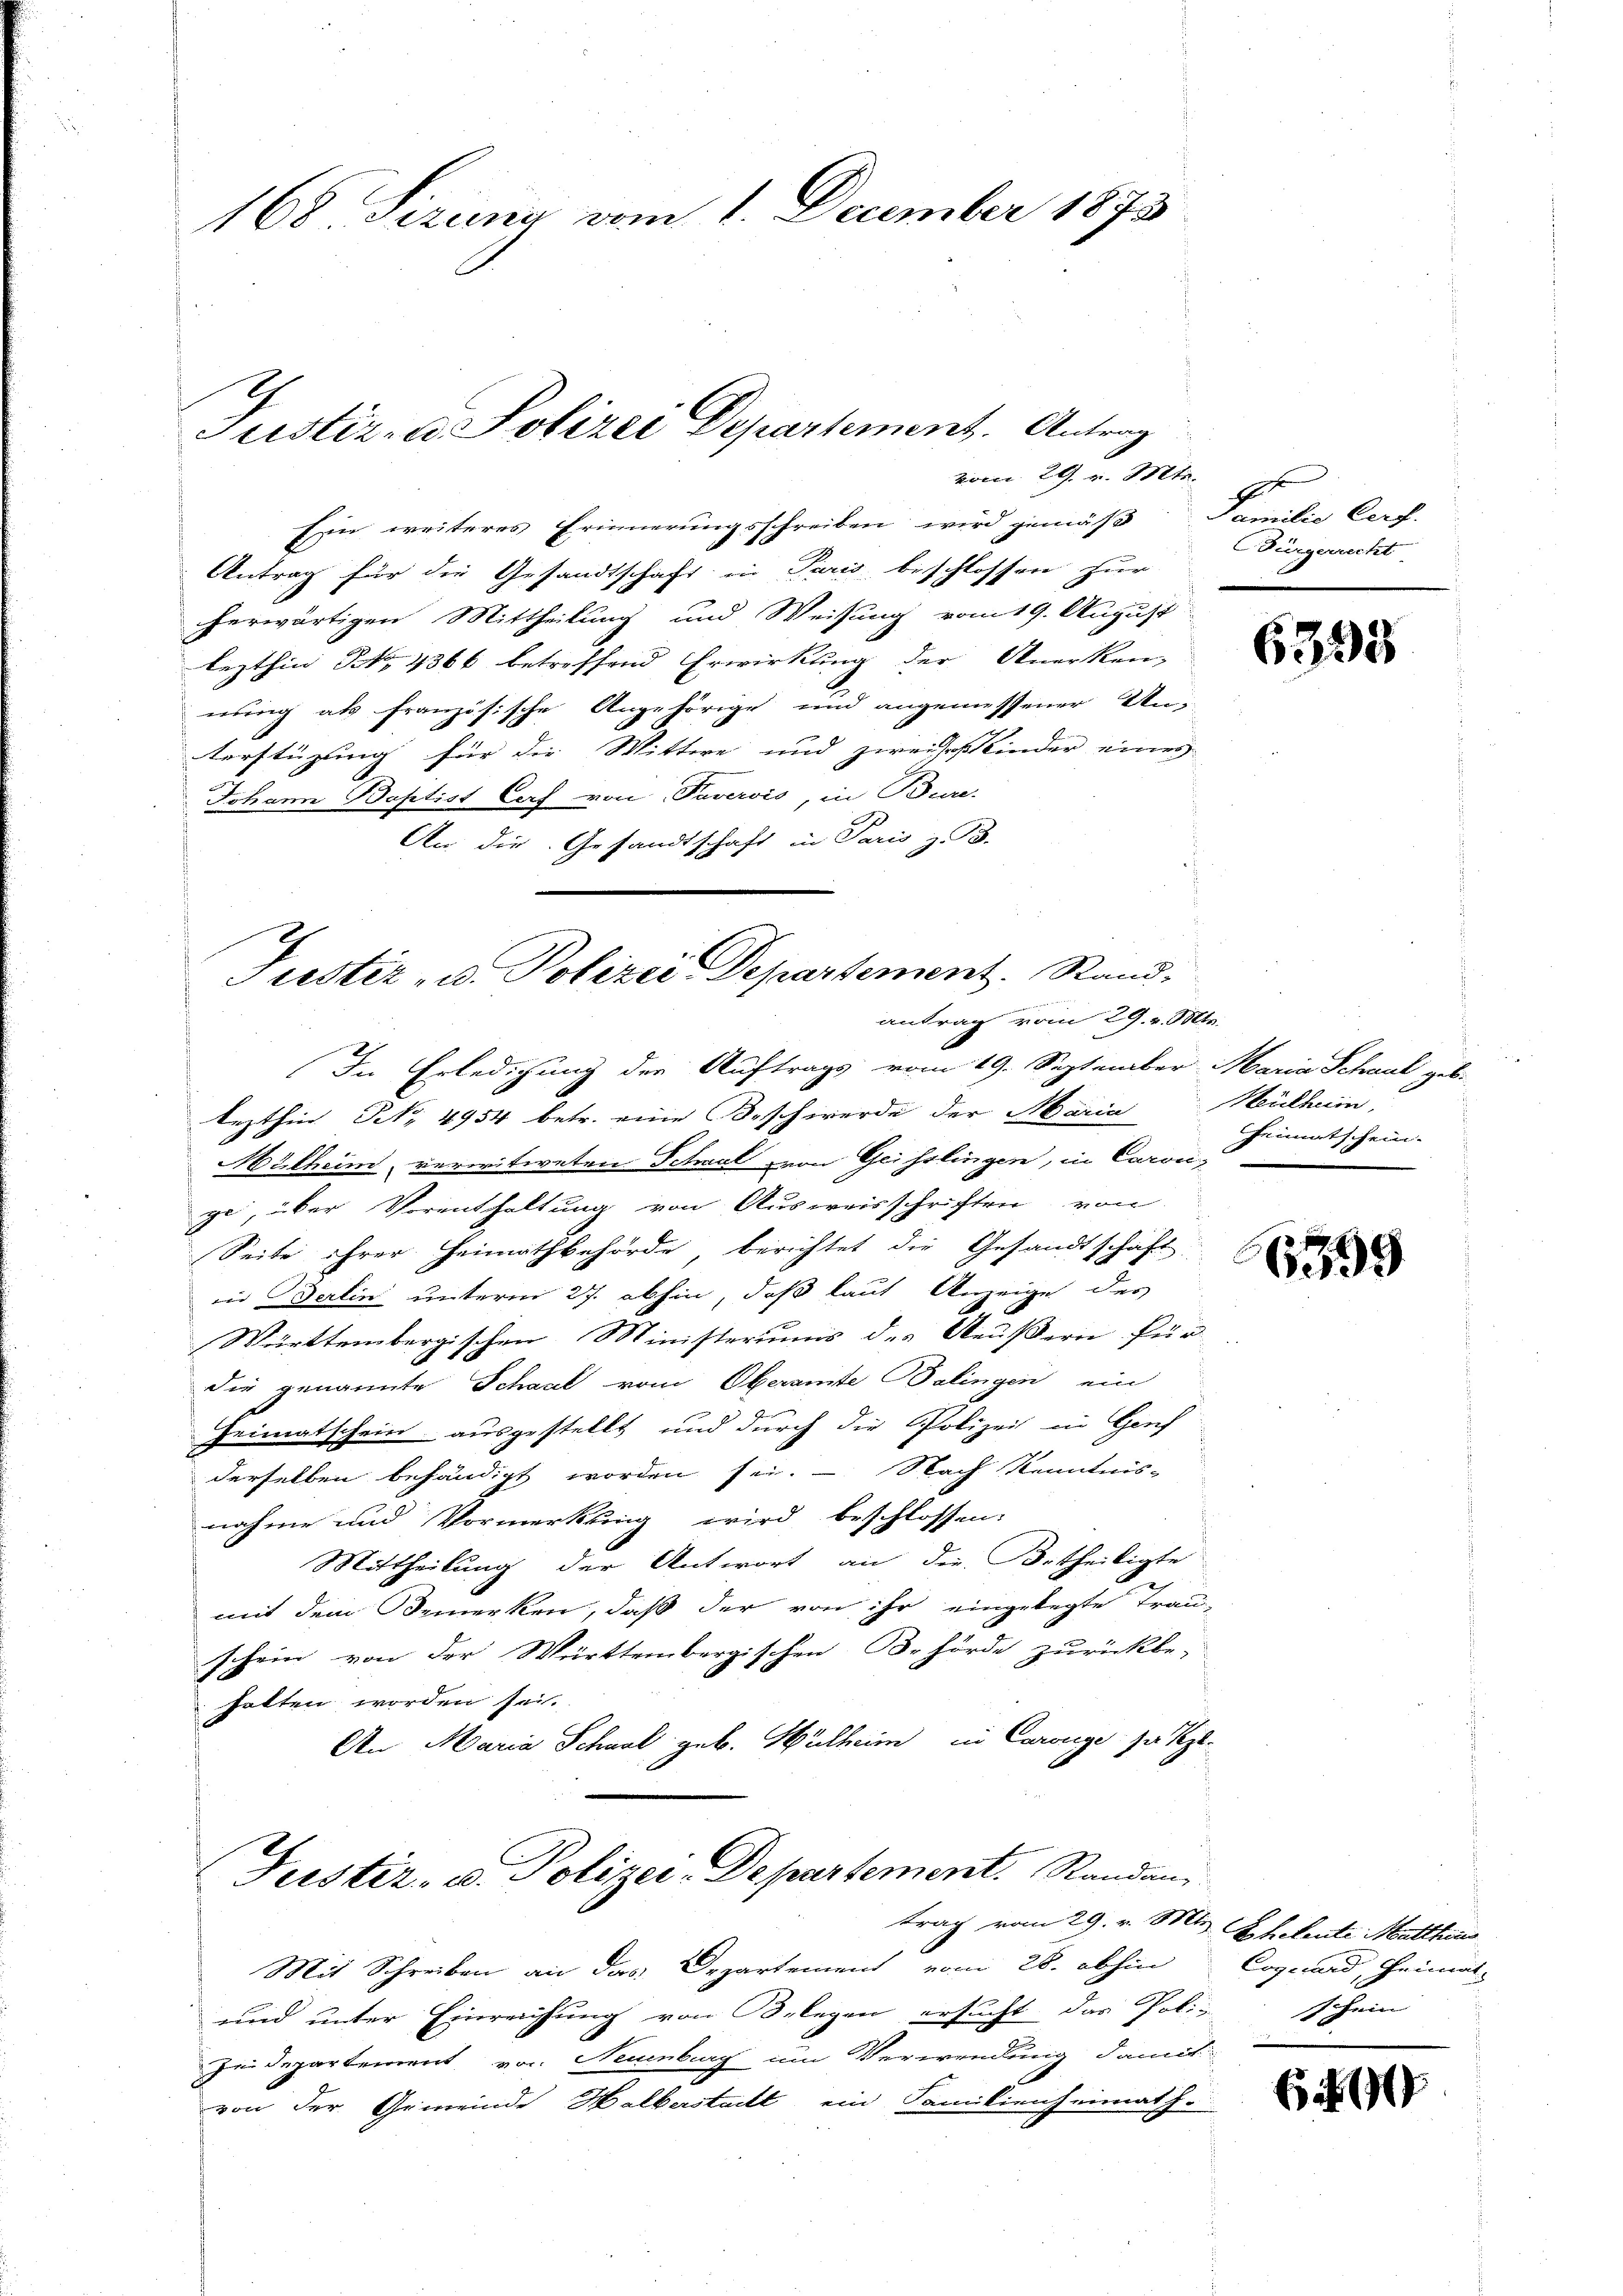
168 Sizina vom 1. December 1873

vom 29. v. Mts.
Ein weiteres Erinnerungsschreiben wird gemäß Familie Cerf-
Antrag für die Gesandtschaft in Paris beschlossen zur
herwärtigen Mittheilung und Weisung vom 19. August
lezthin No 14366 betreffend Erwirkung der Anerken-
nung als französische Angehörige und angemessener Un-
terstüzung für die Wittwe und zweifeskinder eines
Johann Baptist Caf von Taveris, in Bun-
An die Gesandtschaft in Paris z. B.

Justiz- u. Polizei Departement. Antrag

Justiz- u. Polizei Departement. Stand.
antrag vom 29. v. Mts.
In Erledigung der Auftrags vom 19. September Maria Schaal gebe

Justiz- u. Polizei-Departement. Randan
trag vom 29. v. Mts. Ehetente Matthei

lezthin Nr. 4954 betr. eine Beschwerde der Maria Mülhein,
Mülheim, verwitweten Schaal von Geisslingen, in Caronge, über Vorenthaltung von Ausweisschriften von
Seite ihrer Heimathbehörde, berichtet die Gesandtschaft
in derlin unterm 27. abhin, daß laut Anzeige des
Württembergischen Ministeriums des Aeußern für
die genannte Schaal vom Oberamte Balingen ein
Heimatschein ausgestellt und durch die Polizei in Genf
derselben behändigt worden sei. - Nach Kenntnis-
nahme und Vormerkung wird beschlossen:
Mittheilung der Antwort an die Urtheiligte
mit dem Bemerken, daß der von ihr eingelegte Trauschein von der Württembergischen Behörde zurückbe-
halten worden sei.
An Maria Schaal geb. Mülheim in Carge zu sezt.

1
Bürgerrecht

Mit Schreiben an das Departement vom 28. abhin
und unter Einreichung von Belegen ersucht das Poli-Schein
Zeidepartement von Neuenburg um Vererredung damit
von der Gemeinde Halberstatt ein Familienheimath-

6393

Heimatschein.

Cogicard, Heimat-

Es i